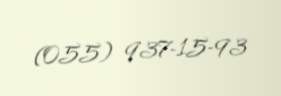
(055) 937-15-93